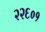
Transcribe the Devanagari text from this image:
२२६०१